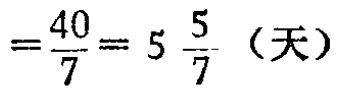
$=\frac{40}{7}=5\frac{5}{7}（天）$